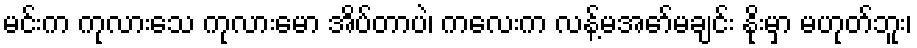
မင်းက ကုလားသေ ကုလားမော အိပ်တာပဲ၊ ကလေးက လန့်မအော်မချင်း နိုးမှာ မဟုတ်ဘူး၊